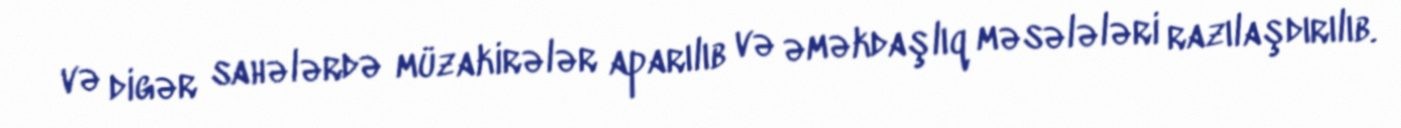
və digər sahələrdə müzakirələr aparılıb və əməkdaşlıq məsələləri razılaşdırılıb.